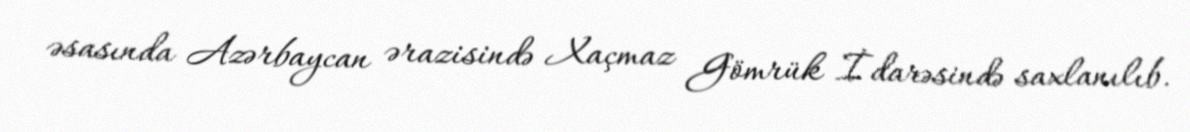
əsasında Azərbaycan ərazisində Xaçmaz Gömrük İdarəsində saxlanılıb.